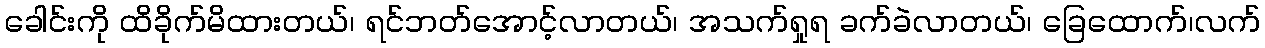
ခေါင်းကို ထိခိုက်မိထားတယ်၊ ရင်ဘတ်အောင့်လာတယ်၊ အသက်ရှုရ ခက်ခဲလာတယ်၊ ခြေထောက်၊လက်